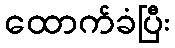
ထောက်ခံပြီး